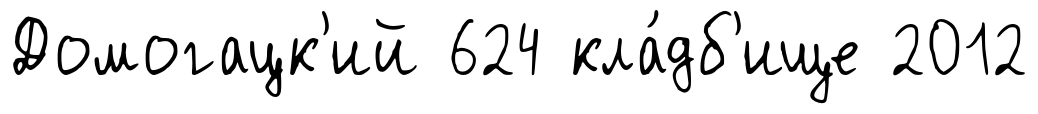
Домогацк'ий 624 кла́дб'ище 2012